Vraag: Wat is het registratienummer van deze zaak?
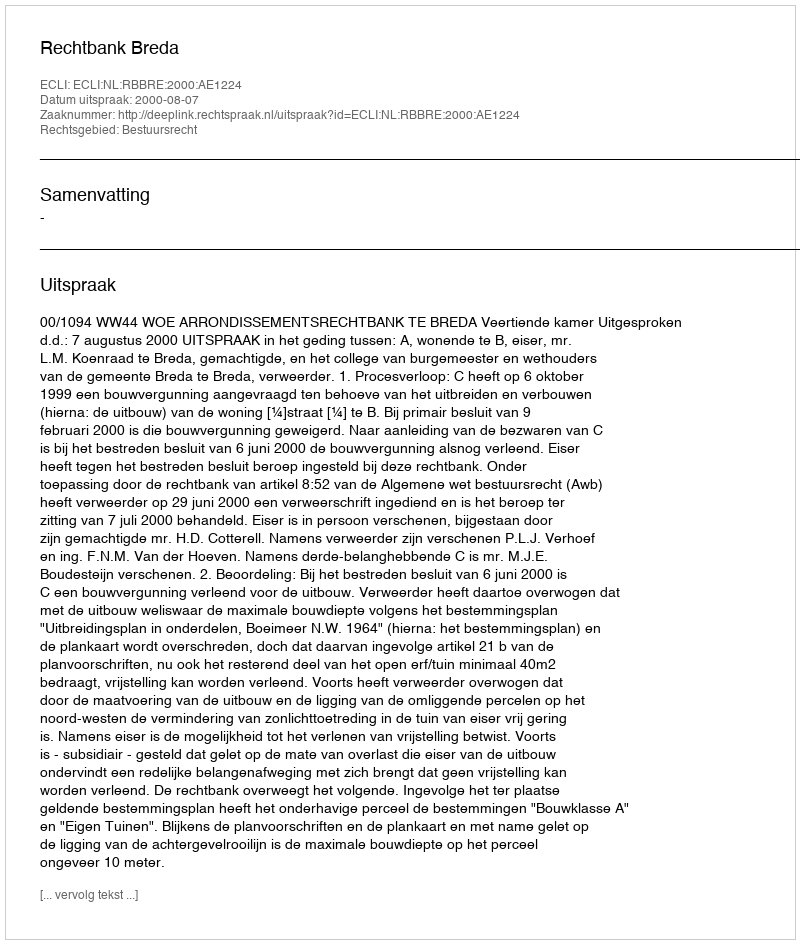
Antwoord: http://deeplink.rechtspraak.nl/uitspraak?id=ECLI:NL:RBBRE:2000:AE1224